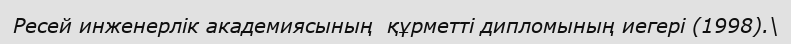
Ресей инженерлік академиясының  құрметті дипломының иегері (1998).\